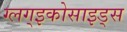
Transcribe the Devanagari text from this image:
ग्लग्इकोसाइड्स